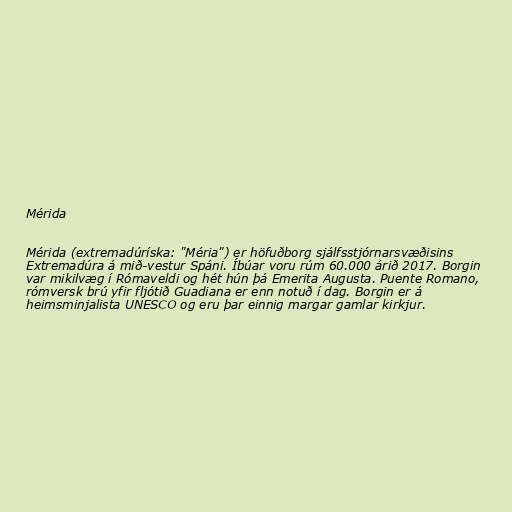
Mérida

Mérida (extremadúríska: "Méria") er höfuðborg sjálfsstjórnarsvæðisins
Extremadúra á mið-vestur Spáni. Íbúar voru rúm 60.000 árið 2017. Borgin
var mikilvæg í Rómaveldi og hét hún þá Emerita Augusta. Puente Romano,
rómversk brú yfir fljótið Guadiana er enn notuð í dag. Borgin er á
heimsminjalista UNESCO og eru þar einnig margar gamlar kirkjur.